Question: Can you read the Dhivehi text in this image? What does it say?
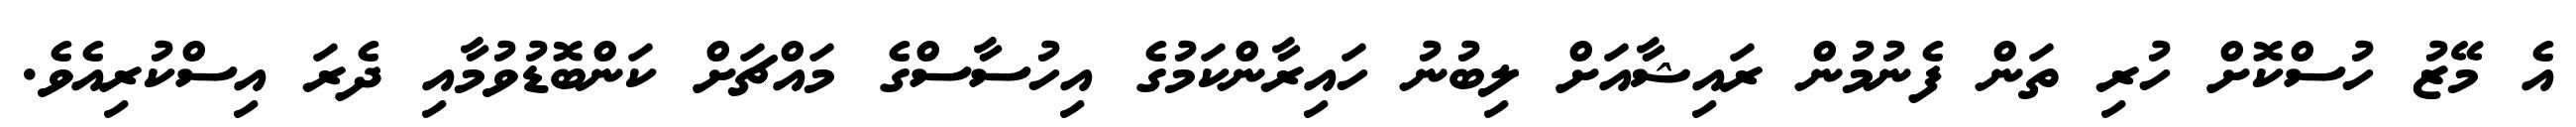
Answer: އެ މޭޒު ހުސްކޮށް ހުރި ތަން ފެނުމުން ރައިޝާއަށް ލިބުނު ހައިރާންކަމުގެ އިހުސާސްގެ މައްޗަށް ކަންބޮޑުވުމާއި ދެރަ އިސްކުރިއެވެ.